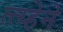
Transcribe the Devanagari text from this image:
त्त्य्हेने